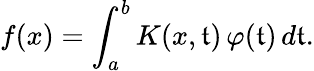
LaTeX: f(x)=\int_{a}^{b}K(x,\mathfrak{t})\, \varphi(\mathfrak{t})\, d\mathfrak{t}.